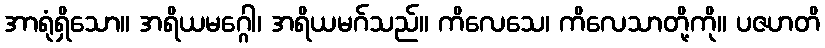
အာရုံရှိသော။ အရိယမဂ္ဂေါ၊ အရိယမဂ်သည်။ ကိလေသေ၊ ကိလေသာတို့ကို။ ပဇဟတိ